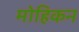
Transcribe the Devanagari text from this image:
मोहिकन